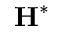
\mathbf { H } ^ { * }